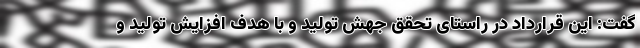
گفت: این قرارداد در راستای تحقق جهش تولید و با هدف افزایش تولید و